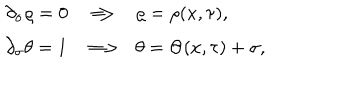
\begin{array} { c c c } { { \partial _ { \sigma } \varrho = 0 \hfill } } & { { \Longrightarrow } } & { { \varrho = \rho ( x , \tau ) , \hfill } } \\ { { \partial _ { \sigma } \theta = 1 \hfill } } & { { \Longrightarrow \hfill } } & { { \theta = \Theta ( x , \tau ) + \sigma , \hfill } } \\ \end{array}